Calcutta medical institutions reports 1892-1900
Year: 1892
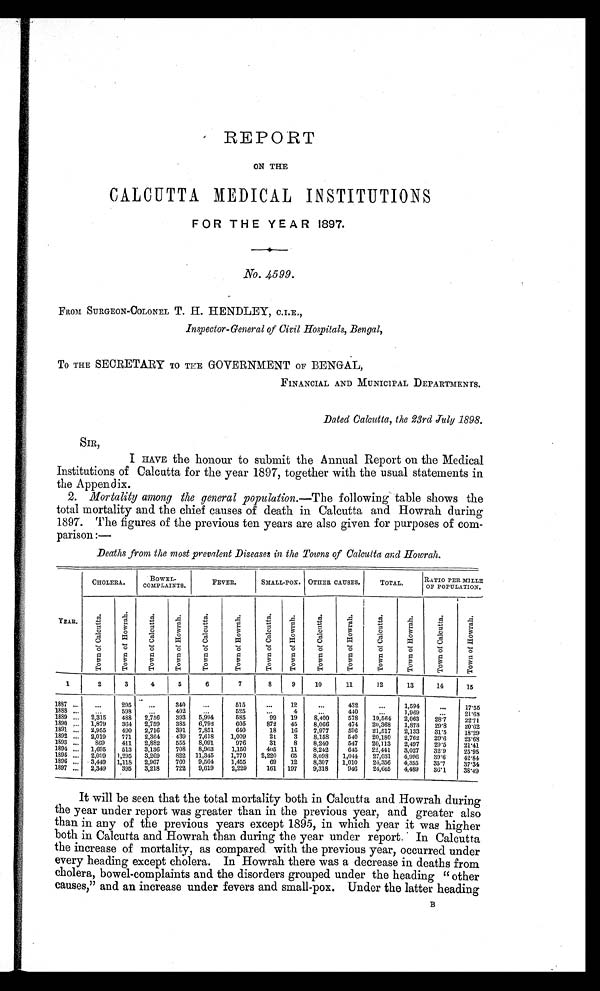
REPORT
ON THE
CALCUTTA MEDICAL INSTITUTIONS
FOR THE YEAR 1897.
No. 4599.
FROM SURGEON-COLONEL T. H. HENDLEY, C.I.E.,
Inspector-General of Civil Hospitals, Bengal,
TO THE SECRETARY TO THE GOVERNMENT OF BENGAL,
FINANCIAL AND MUNICIPAL DEPARTMENTS.
Dated Calcutta, the 23rd July 1898.
SIR,
I HAVE the honour to submit the Annual Report on the Medical
Institutions of Calcutta for the year 1897, together with the usual statements in
the Append ix.
2. Mortality among the general population.— The following table shows the
total mortality and the chief causes of death in Calcutta and Howrah during
1897. The figures of the previous ten years are also given for purposes of com-
parison : —
Deaths from the most prevalent Diseases in the Towns of Calcutta and Howrah.
YEAR.
CHOLERA.
BOWEL-
COMPLAINTS.
FEVER.
SMALL-POX. OTHER CAUSES.
TOTAL.
RATIO PER MILLE
OF POPULATION.
T o w n o f C a l c u t t a .
T o w n o f H o w r a h .
T o w n o f C a l c u t t a .
T o w n o f H o w r a h .
T o w n o f C a l c u t t a .
T o w n o f H o w r a h .
T o w n o f C a l c u t t a .
T o w n o f H o w r a h .
T o w n o f C a l c u t t a .
T o w n o f H o w r a h .
T o w n o f C a l c u t t a .
T o w n o f H o w r a h .
T o w n o f C a l c u t t a .
T o w n o f H o w r a h .
1
2
3
4
5
6
7
8
9
10
11
12
13
14
15
1887
. . .
. . .
295
...
340
. . .
5 1 5
...
12
...
432
. . . 1,594
. . .
17.55
1888
. . .
...
598
. . .
402
. . .
5 2 5
...
4
. . .
440
. . .
1,969
. . . 21.68
1889 ...
2,315
488
2,756
393
5,994
585
99
19
8,400
578
19,564
2,063
28. 7
22.71
1890
. . . 1,879
364
2,759
385
6,792
605
872
45
8,066
474
20,368
1,873
29.8
20.62
1891
. . .
2,955
490
2,716
391
7,851
640
18
16
7,977
596
21,517
2,133
31.5
18.29
1892
. . . 2,019
771
2,364
439
7,618
1,009
21
3
8,158
540
20,180
2,762
29.6
23.68
1893
. . .
869
411
2,882
555
8,091
976
31
8
8,240
547
20,113
2,497
29.5
21.41
1894 ...
1,695
513
3,136
708
8,963
1,150
405
11
8,242
645
22,441
3,027
32.9
25.95
1895
. . . 2,099
1,295
3,269
822 11,345
1,770
2,220
65
8,098
1,044
27,031
4,996
39.6
42.84
1896
. . . 3,449
1,118
2,967
760
9,564
1,455
69
12
8,307
1,010
24,356
4,355
35. 7
37.34
1897
. . . 2,349
395
3,218
722
9,619
2,229
161
197
9,318
946
24,665
4,489
36.1
38.49
It will be seen that the total mortality both in Calcutta and Howrah during
the year under report was greater than in the previous year, and greater also
than in any of the previous years except 1895, in which year it was higher
both in Calcutta and Howrah than during the year under report. In Calcutta
the increase of mortality, as compared with the previous year, occurred under
every heading except cholera. In Howrah there was a decrease in deaths from
cholera, bowel-complaints and the disorders grouped under the heading "other
causes," and an increase under fevers and small-pox. Under the latter heading
B